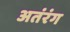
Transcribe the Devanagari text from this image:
अतंरंग